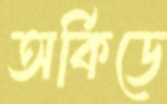
অর্কিডে